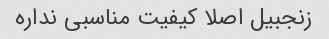
زنجبیل اصلا کیفیت مناسبی نداره